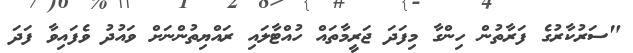
"ސަރުކާރުގެ ފަރާތުން ހިންގާ މިފަދަ ޖަރީމާތައް ހުއްޓާލައި ރައްޔިތުންނަށް ވައުދު ވެފައިވާ ފަދަ